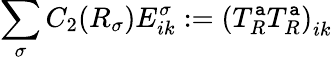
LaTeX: \sum_{\sigma}C_{2}(R_{\sigma})E_{ik}^{\sigma}:=\left(T_{R}^{\mathtt{a}}T_{R}^{\mathtt{a}}\right)_{ik}